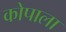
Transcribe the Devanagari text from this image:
कोपाला